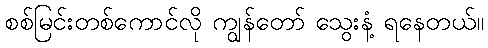
စစ်မြင်းတစ်ကောင်လို ကျွန်တော် သွေးနံ့ ရနေတယ်။